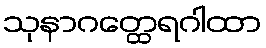
သုနာဂတ္ထေရဂါထာ